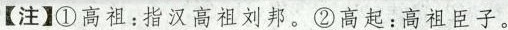
【注】①高祖：指汉高祖刘邦。②高起：高祖臣子。